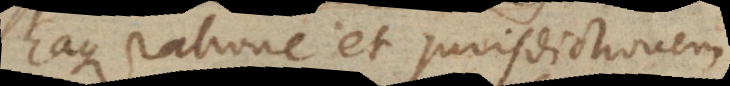
carere con et jurisdictionem